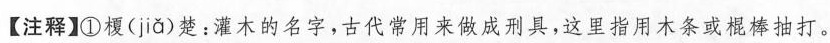
【注释】①稷( jia )楚：灌木的名字，古代常用来做成刑具，这里指用木条或棍棒抽打。